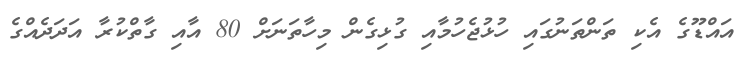
އައްޑޫގެ އެކި ތަންތަނުގައި ހުޅުޖެހުމާއި ގުޅިގެން މިހާތަނަށް 80 އާއި ގާތްކުރާ އަދަދެއްގެ